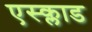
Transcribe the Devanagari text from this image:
एस्क्लाड